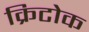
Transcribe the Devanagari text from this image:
क्रिटोक